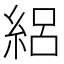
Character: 絽